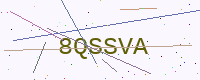
Text: 8QSSVA